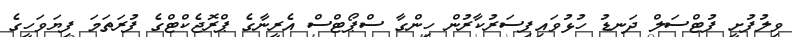
ވިލުފުށީ ފުޓްސަލް ދަނޑު ހުޅުވައިފިސަރުކާރުން ހިންގާ ސްޕޯޓްސް އެރީނާގެ ޕްރޮޖެކްޓްގެ ފުރަތަމަ ފިޔަވަހީގެ